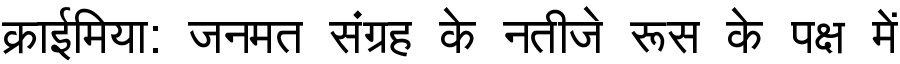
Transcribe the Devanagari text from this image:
क्राईमिया: जनमत संग्रह के नतीजे रूस के पक्ष में